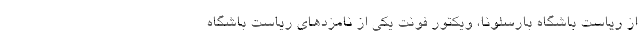
از ریاست باشگاه بارسلونا، ویکتور فونت یکی از نامزدهای ریاست باشگاه